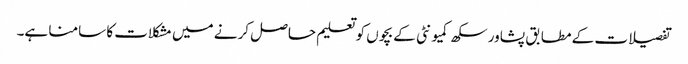
تفصیلات کے مطابق پشاور سکھ کمیونٹی کے بچوں کو تعلیم حاصل کرنے میں مشکلات کا سامنا ہے۔